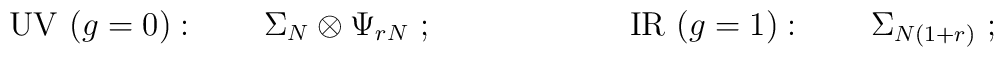
\mathrm{UV}\ (g=0):\qquad \Sigma _{N}\otimes \Psi _{rN}\ ;\qquad \qquad\qquad \mathrm{IR\ }(g=1):\qquad \Sigma _{N(1+r)}\ ;